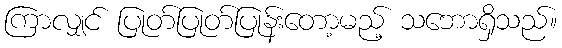
ကြာလျှင် ပြုတ်ပြုတ်ပြုန်းတော့မည့် သဘောရှိသည်။